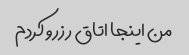
من اینجا اتاق رزرو کردم